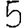
Digit: 5